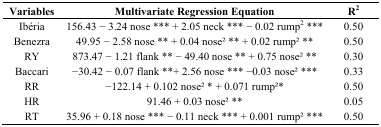
<table><thead><tr><td><b>Variables</b></td><td><b>Multivariate Regression Equation</b></td><td><b>R<sup>2</sup></b></td></tr></thead><tbody><tr><td>Ibéria</td><td>156.43 − 3.24 nose *** + 2.05 neck *** − 0.02 rump<sup>2</sup> ***</td><td>0.50</td></tr><tr><td>Benezra</td><td>49.95 − 2.58 nose ** + 0.04 nose2 ** + 0.02 rump2 **</td><td>0.50</td></tr><tr><td>RY</td><td>873.47 − 1.21 flank ** − 49.40 nose ** + 0.75 nose2 **</td><td>0.30</td></tr><tr><td>Baccari</td><td>−30.42 − 0.07 flank **+ 2.56 nose *** −0.03 nose2 ***</td><td>0.33</td></tr><tr><td>RR</td><td>−122.14 + 0.102 nose2 * + 0.071 rump2*</td><td>0.50</td></tr><tr><td>HR</td><td>91.46 + 0.03 nose2 **</td><td>0.05</td></tr><tr><td>RT</td><td>35.96 + 0.18 nose *** − 0.11 neck *** + 0.001 rump2 ***</td><td>0.50</td></tr></tbody></table>